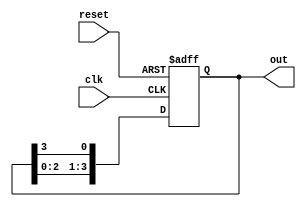
module multi_stage_ring_counter #(
    parameter N = 4  // Number of stages (flip-flops)
)(
    input wire clk,        // Clock signal
    input wire reset,      // Asynchronous reset signal
    output reg [N-1:0] out // Output representing the current state of the ring counter
);

// Internal signal to hold the next state
reg [N-1:0] next_state;

// Initial state configuration
initial begin
    out = 1'b1; // Set initial state to '100...0'
end

// Sequential logic for ring counter
always @(posedge clk or posedge reset) begin
    if (reset) begin
        out <= 1'b1; // Reset to initial state '100...0'
    end else begin
        // Shift the output to the right and wrap around
        next_state = {out[N-2:0], out[N-1]}; // Shift right
        out <= next_state;
    end
end

endmodule